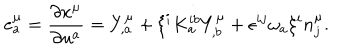
e _ { a } ^ { \mu } = \frac { \partial x ^ { \mu } } { \partial u ^ { a } } = Y _ { , a } ^ { \mu } + \xi ^ { i } K _ { a } ^ { i b } Y _ { , b } ^ { \mu } + \epsilon ^ { i j } \omega _ { a } \xi ^ { i } n _ { j } ^ { \mu } .